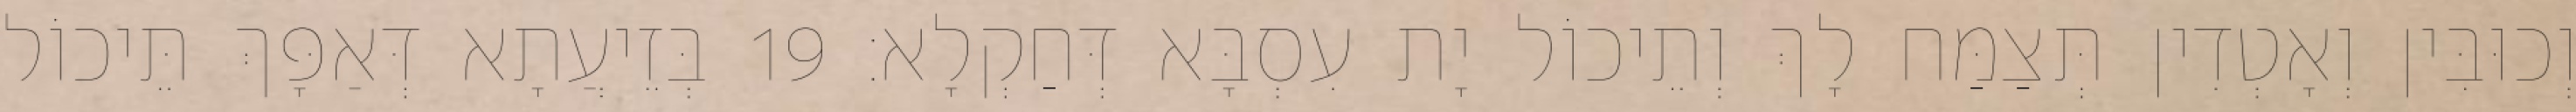
וְכוּבִּין וְאָטְדִין תְּצַמַּח לָךְ וְתֵיכוֹל יָת עִסְבָּא דְּחַקְלָא׃ 19 בְּזֵיעֲתָא דְּאַפָּךְ תֵּיכוֹל